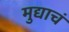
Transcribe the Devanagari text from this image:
मुद्याचं